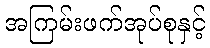
အကြမ်းဖက်အုပ်စုနှင့်